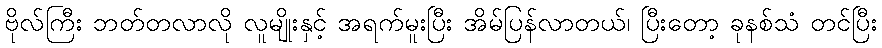
ဗိုလ်ကြီး ဘတ်တလာလို လူမျိုးနှင့် အရက်မူးပြီး အိမ်ပြန်လာတယ်၊ ပြီးတော့ ခုနစ်သံ တင်ပြီး